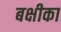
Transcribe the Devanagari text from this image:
बक्षीका